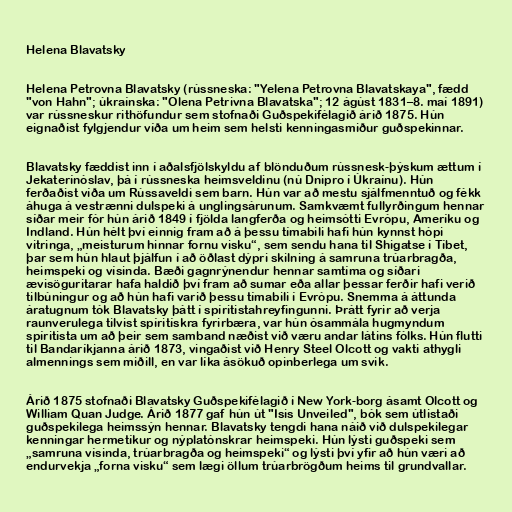
Helena Blavatsky

Helena Petrovna Blavatsky (rússneska: "Yelena Petrovna Blavatskaya", fædd
"von Hahn"; úkraínska: "Olena Petrivna Blavatska"; 12 ágúst 1831–8. maí 1891)
var rússneskur rithöfundur sem stofnaði Guðspekifélagið árið 1875. Hún
eignaðist fylgjendur víða um heim sem helsti kenningasmiður guðspekinnar.

Blavatsky fæddist inn í aðalsfjölskyldu af blönduðum rússnesk-þýskum ættum í
Jekaterínóslav, þá í rússneska heimsveldinu (nú Dnipro í Úkraínu). Hún
ferðaðist víða um Rússaveldi sem barn. Hún var að mestu sjálfmenntuð og fékk
áhuga á vestrænni dulspeki á unglingsárunum. Samkvæmt fullyrðingum hennar
síðar meir fór hún árið 1849 í fjölda langferða og heimsótti Evrópu, Ameríku og
Indland. Hún hélt því einnig fram að á þessu tímabili hafi hún kynnst hópi
vitringa, „meisturum hinnar fornu visku“, sem sendu hana til Shigatse í Tíbet,
þar sem hún hlaut þjálfun í að öðlast dýpri skilning á samruna trúarbragða,
heimspeki og vísinda. Bæði gagnrýnendur hennar samtíma og síðari
ævisöguritarar hafa haldið því fram að sumar eða allar þessar ferðir hafi verið
tilbúningur og að hún hafi varið þessu tímabili í Evrópu. Snemma á áttunda
áratugnum tók Blavatsky þátt í spíritistahreyfingunni. Þrátt fyrir að verja
raunverulega tilvist spíritískra fyrirbæra, var hún ósammála hugmyndum
spíritista um að þeir sem samband næðist við væru andar látins fólks. Hún flutti
til Bandaríkjanna árið 1873, vingaðist við Henry Steel Olcott og vakti athygli
almennings sem miðill, en var líka ásökuð opinberlega um svik.

Árið 1875 stofnaði Blavatsky Guðspekifélagið í New York-borg ásamt Olcott og
William Quan Judge. Árið 1877 gaf hún út "Isis Unveiled", bók sem útlistaði
guðspekilega heimssýn hennar. Blavatsky tengdi hana náið við dulspekilegar
kenningar hermetíkur og nýplatónskrar heimspeki. Hún lýsti guðspeki sem
„samruna vísinda, trúarbragða og heimspeki“ og lýsti því yfir að hún væri að
endurvekja „forna visku“ sem lægi öllum trúarbrögðum heims til grundvallar.